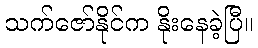
သက်ဇော်နိုင်က နိုးနေခဲ့ပြီ။